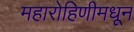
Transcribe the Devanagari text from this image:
महारोहिणीमधून